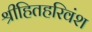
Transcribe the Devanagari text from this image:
श्रीहितहरिवंश